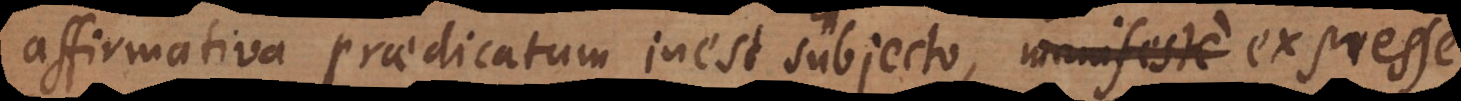
affirmativa praedicatum inest subjecto, manifeste expresse